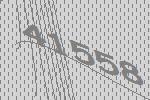
41558